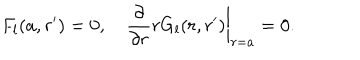
F _ { l } ( a , r ^ { \prime } ) = 0 , \quad { \frac { \partial } { \partial r } } r G _ { l } ( r , r ^ { \prime } ) \bigg | _ { r = a } = 0 .